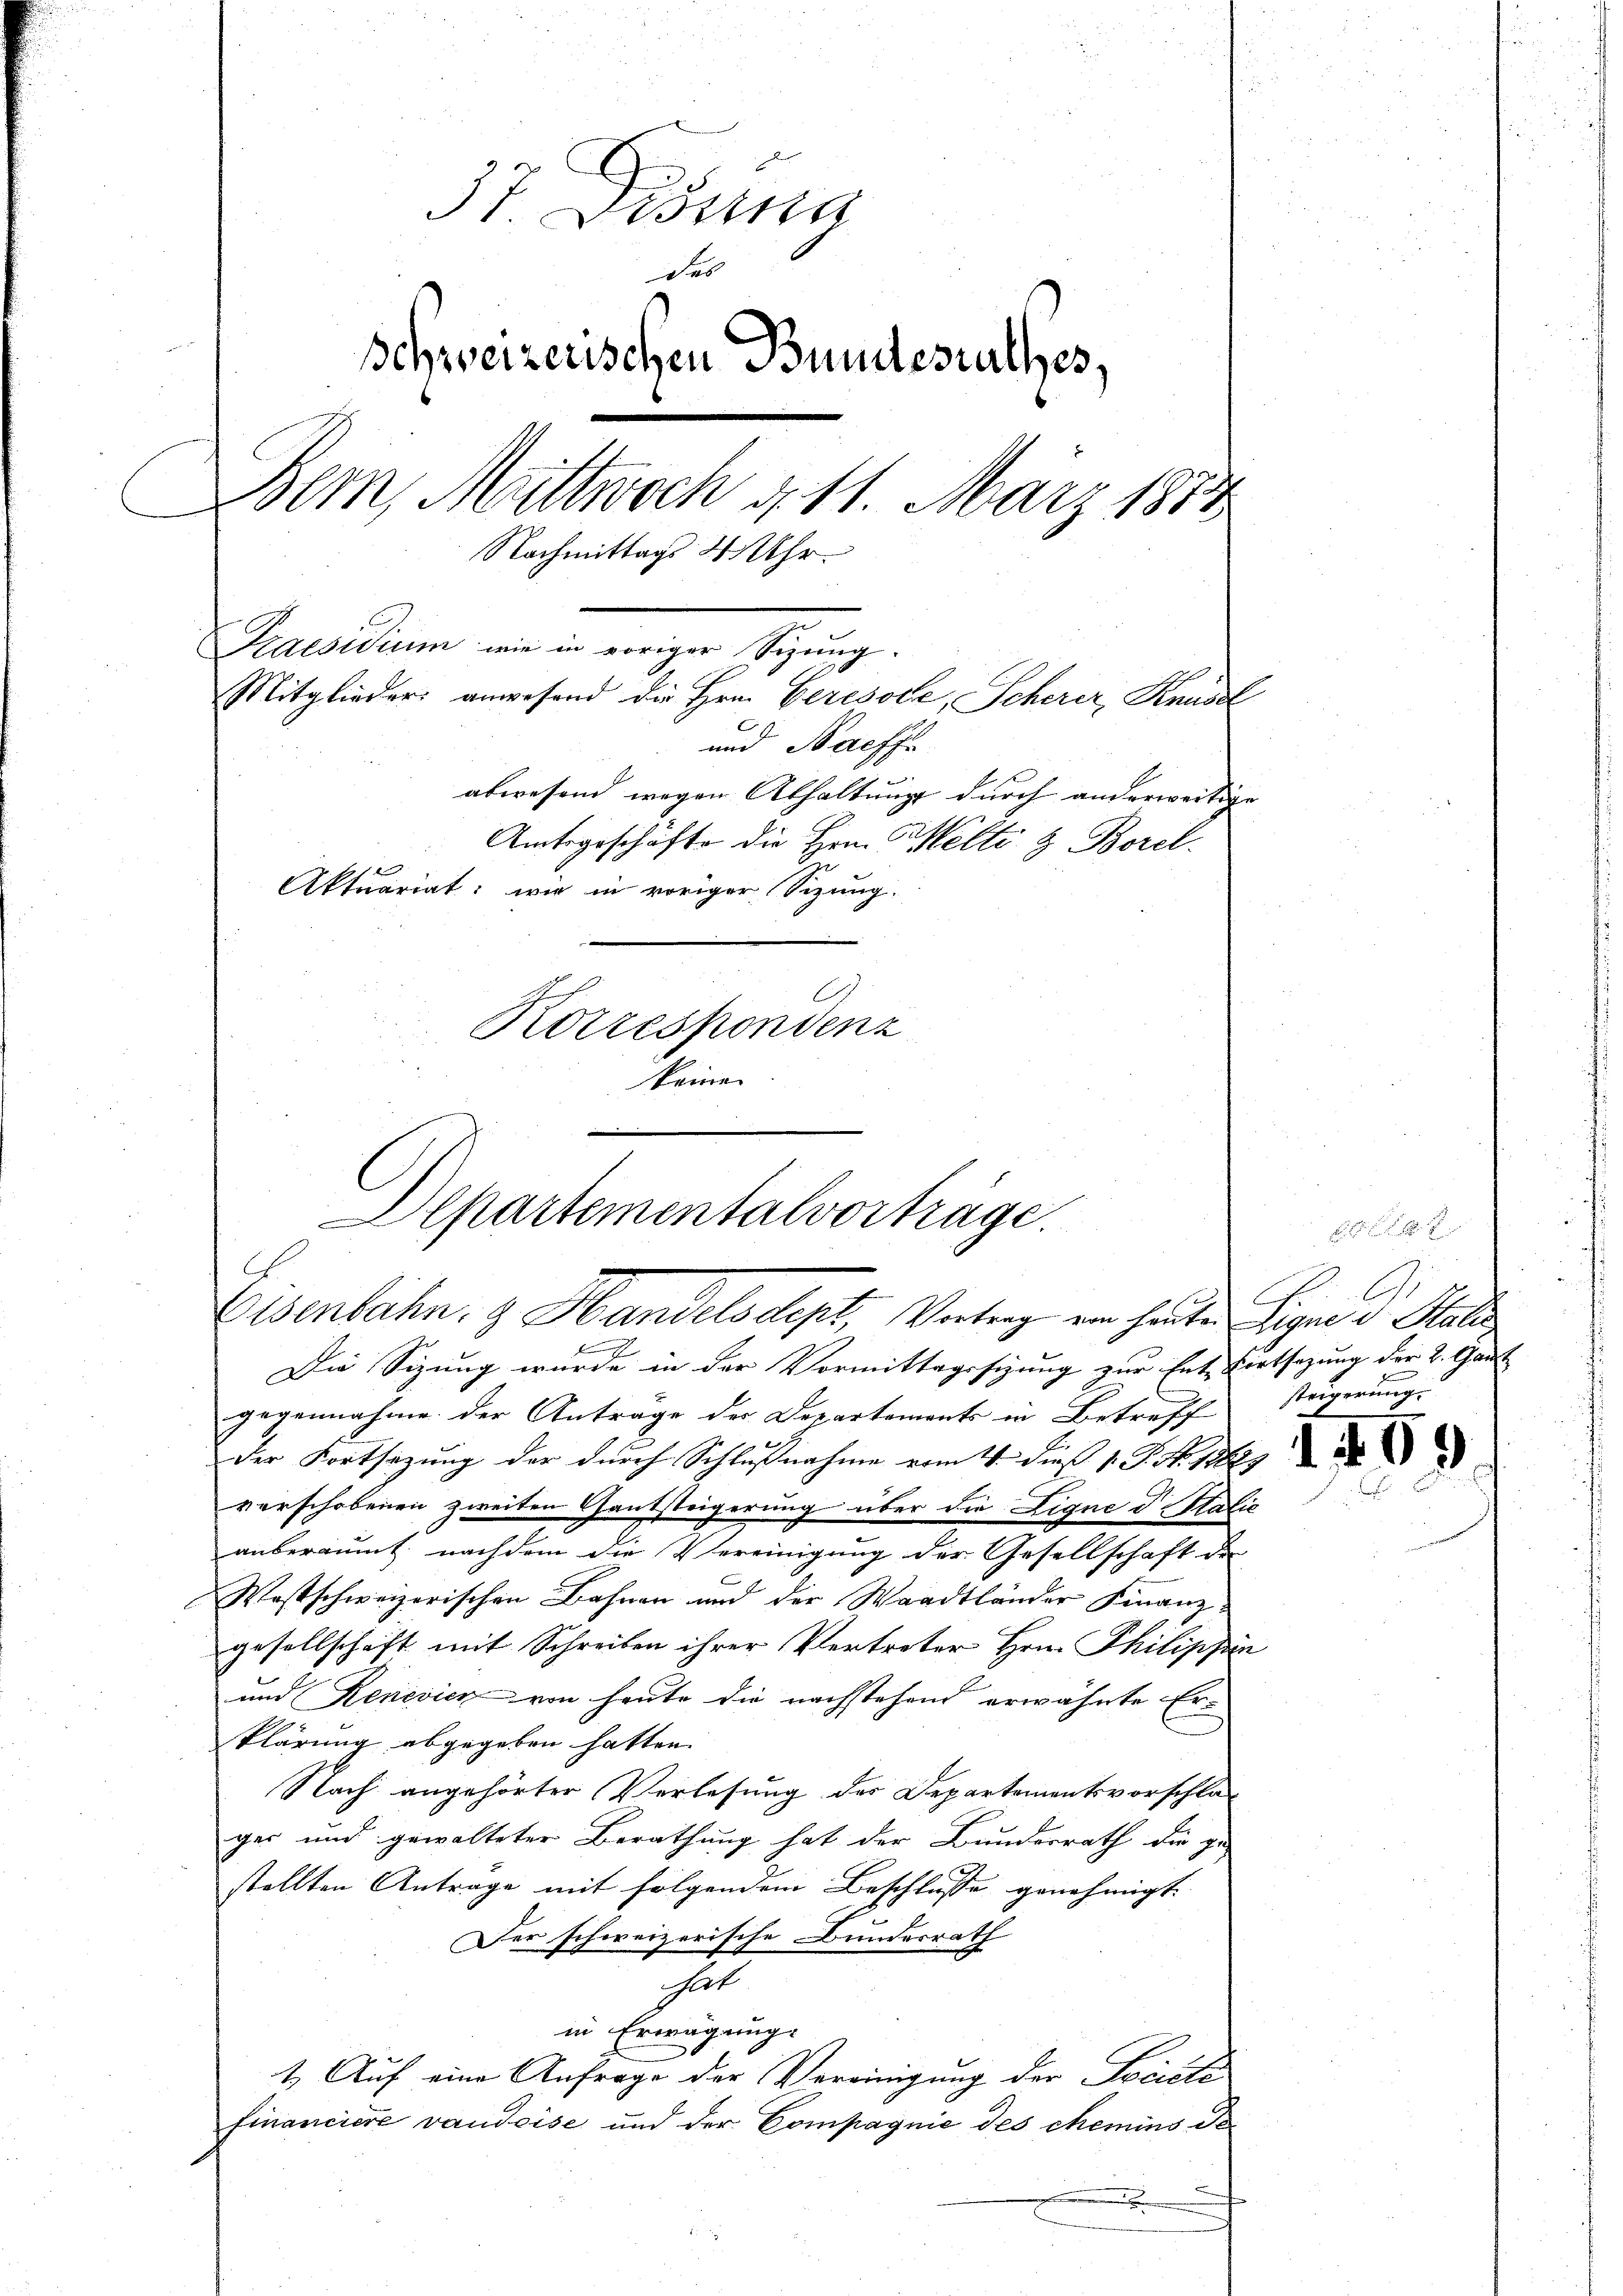
37. Disung
des
Schweizerischen Bundesrathes,
Dem Mittwoch d. 11. März 1883
Nachmittags 3 Uhr.
Praesidium wie in voriger Sizung.
Mitglieder anwesend die Hrn. Geresode, Scherer, Krusel
und Nachse
abwesend wegen Abhaltung durch anderweitige |
Amtsgeschäfte die Hrn. Welti & Borel
Aktuariat: wie in voriger Sizung.
C.
Korrespondenz
keinen

Departementalvorträge.
Elsenbahn. & Handelsdept, Vortrag ein heute legen v. Stati

2
Die Sizung wurde in der Vormittagssitzung zur Ent-Fortsetzung der 2. Gant
gegennahme der Antrage der Departements in Betreff
der Fortsetzung der durch Schlußnahme vom 4. Dieß v. J. No. 1862
verschobenen zweiten Gantsteigerung über die Ligne d. Stalie
anberaumt, nachdem die Vereinigung der Gesellschaft des
Wostschweizerischen Bahnen und der Waadtländer Finanz
gesellschaft mit Schreiben ihrer Vertreter Hrn. Philippin
und Renevien von heute die nachstehend erwähnte Er-
klärung abgegeben hatten.
Nach angehörter Verlesung des Departementsvorschlages und gewalteter Berathung hat der Bundesrath die ge-
stellten Antrage mit folgendem Beschlusse genehmigt.
Der schweizerische Bundesrath
hat
in Erwägung.
1. Auf eine Anfrage der Vereinigung der Sociale
financiere vaudeise und der Compagnie des chemins de¬
.

x
A.
.
steigerung

85